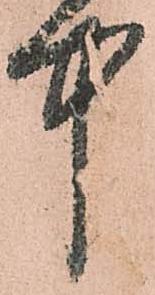
中